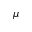
\mu